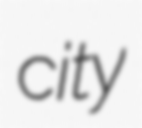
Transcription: city